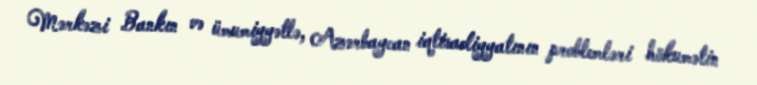
Mərkəzi Bankın və ümumiyyətlə, Azərbaycan iqtisadiyyatının problemləri hökumətin